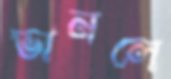
ভানলে